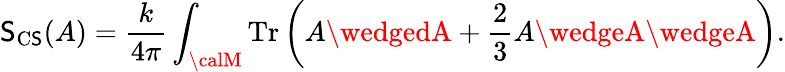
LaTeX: \mathsf{S}_{\mathrm{{C\mathsf{S}}}}(A)={\frac{{k}}{{4\pi}}}\int_{\calM}\mathrm{{Tr}}\left(A\wedgedA+{\frac{{2}}{{3}}}A\wedgeA\wedgeA\right).